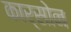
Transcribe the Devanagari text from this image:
कार्सोन